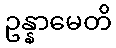
ဥန္နာမေတိ